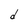
Character: d